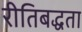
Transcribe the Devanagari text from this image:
रीतिबद्धता